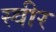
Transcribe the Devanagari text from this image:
स्वीर